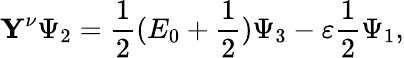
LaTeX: \mathbf{Y}^{\nu}\Psi_{2}=\frac{1}{2}(E_{0}+\frac{1}{2})\Psi_{3}-\varepsilon\frac{1}{2}\Psi_{1},